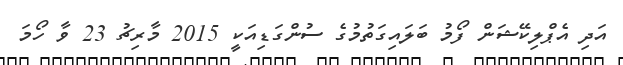
އަދި އެޕްލިކޭޝަން ފޯމު ބަލައިގަތުމުގެ ސުންގަޑިއަކީ 2015 މާރިޗު 23 ވާ ހޯމަ